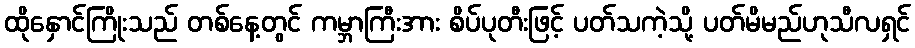
ထိုနှောင်ကြိုးသည် တစ်နေ့တွင် ကမ္ဘာကြီးအား စိပ်ပုတီးဖြင့် ပတ်သကဲ့သို့ ပတ်မိမည်ဟုသီလရှင်